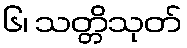
၆၊ သတ္တိသုတ်